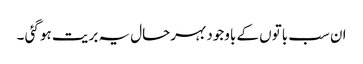
ان سب باتوں کے باوجود بہرحال یہ بریت ہو گئی ۔